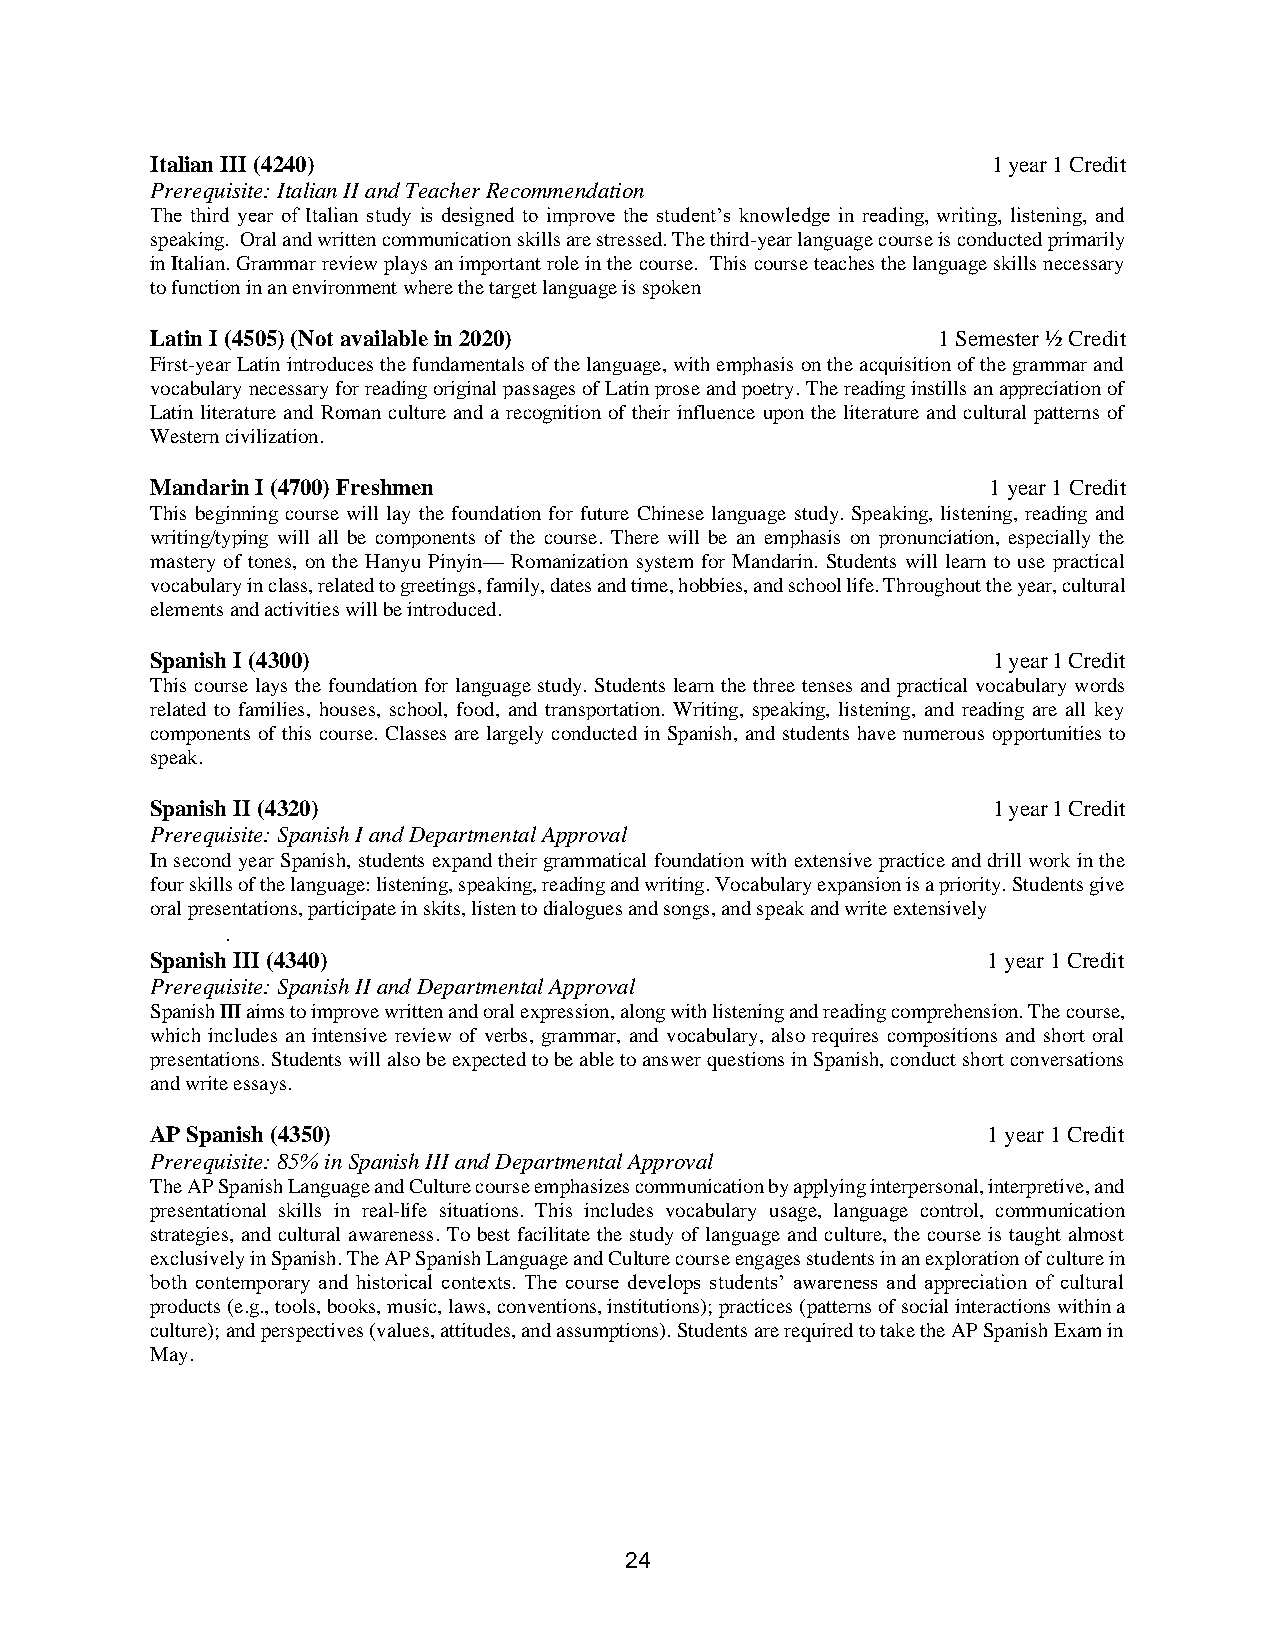
Italian III (4240)                                      1 year 1 Credit
 Prerequisite: Italian II and Teacher Recommendation
 The third year of Italian study is designed to improve the student’s knowledge in reading, writing, listening, and
 speaking. Oral and written communication skills are stressed. The third-year language course is conducted primarily
 in Italian. Grammar review plays an important role in the course. This course teaches the language skills necessary
 to function in an environment where the target language is spoken
 Latin I (4505) (Not available in 2020)              1 Semester ½ Credit
 First-year Latin introduces the fundamentals of the language, with emphasis on the acquisition of the grammar and
 vocabulary necessary for reading original passages of Latin prose and poetry. The reading instills an appreciation of
 Latin literature and Roman culture and a recognition of their influence upon the literature and cultural patterns of
 Western civilization.
 Mandarin I (4700) Freshmen                              1 year 1 Credit
 This beginning course will lay the foundation for future Chinese language study. Speaking, listening, reading and
 writing/typing will all be components of the course. There will be an emphasis on pronunciation, especially the
 mastery of tones, on the Hanyu Pinyin— Romanization system for Mandarin. Students will learn to use practical
 vocabulary in class, related to greetings, family, dates and time, hobbies, and school life. Throughout the year, cultural
 elements and activities will be introduced.
 Spanish I (4300)                                        1 year 1 Credit
 This course lays the foundation for language study. Students learn the three tenses and practical vocabulary words
 related to families, houses, school, food, and transportation. Writing, speaking, listening, and reading are all key
 components of this course. Classes are largely conducted in Spanish, and students have numerous opportunities to
 speak.
 Spanish II (4320)                                       1 year 1 Credit
 Prerequisite: Spanish I and Departmental Approval
 In second year Spanish, students expand their grammatical foundation with extensive practice and drill work in the
 four skills of the language: listening, speaking, reading and writing. Vocabulary expansion is a priority. Students give
 oral presentations, participate in skits, listen to dialogues and songs, and speak and write extensively
 .
 Spanish III (4340)                                     1 year 1 Credit
 Prerequisite: Spanish II and Departmental Approval
 Spanish III aims to improve written and oral expression, along with listening and reading comprehension. The course,
 which includes an intensive review of verbs, grammar, and vocabulary, also requires compositions and short oral
 presentations. Students will also be expected to be able to answer questions in Spanish, conduct short conversations
 and write essays.
 AP Spanish (4350)                                      1 year 1 Credit
 Prerequisite: 85% in Spanish III and Departmental Approval
 The AP Spanish Language and Culture course emphasizes communication by applying interpersonal, interpretive, and
 presentational skills in real-life situations. This includes vocabulary usage, language control, communication
 strategies, and cultural awareness. To best facilitate the study of language and culture, the course is taught almost
 exclusively in Spanish. The AP Spanish Language and Culture course engages students in an exploration of culture in
 both contemporary and historical contexts. The course develops students’ awareness and appreciation of cultural
 products (e.g., tools, books, music, laws, conventions, institutions); practices (patterns of social interactions within a
 culture); and perspectives (values, attitudes, and assumptions). Students are required to take the AP Spanish Exam in
 May.
 24